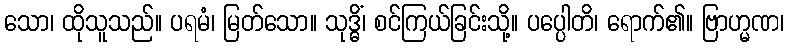
သော၊ ထိုသူသည်။ ပရမံ၊ မြတ်သော။ သုဒ္ဓိံ၊ စင်ကြယ်ခြင်းသို့။ ပပ္ပေါတိ၊ ရောက်၏။ ဗြာဟ္မဏ၊